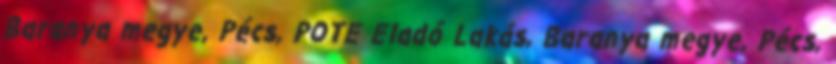
Baranya megye, Pécs, POTE Eladó Lakás, Baranya megye, Pécs,